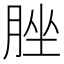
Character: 脞